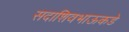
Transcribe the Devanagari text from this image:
सदाशिवभाऊकडे